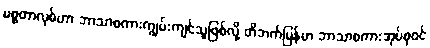
မစ္စတာလုစ်ဟာ ဘာသာစကားကျွမ်းကျင်သူဖြစ်လို့ တိဘက်မြန်မာ ဘာသာစကားအုပ်စုဝင်